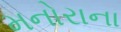
મનોરાના